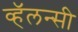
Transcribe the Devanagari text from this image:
व्हॅलन्सी